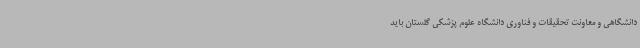
دانشگاهی و معاونت تحقیقات و فناوری دانشگاه علوم پزشکی گلستان باید